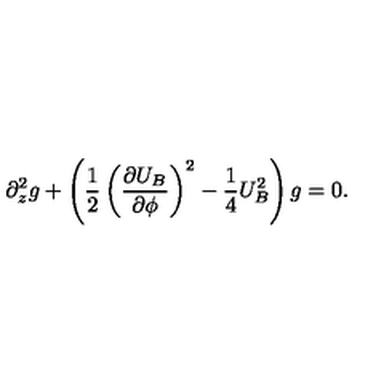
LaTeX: \partial _ { z } ^ { 2 } g + \left( \frac { 1 } { 2 } \left( \frac { \partial U _ { B } } { \partial \phi } \right) ^ { 2 } - \frac { 1 } { 4 } U _ { B } ^ { 2 } \right) g = 0 .